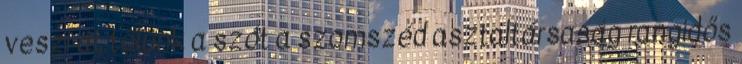
veszi át tőlünk a szót a szomszéd asztaltársaság rangidős